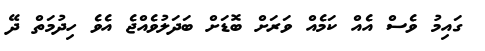
ގައިމު ވެސް އެއް ކަމެއް ވަރަށް ބޮޑަށް ބަދަލުވެއްޖެ އެވެ ހިދުމަތް ދޭ